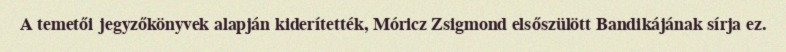
A temetői jegyzőkönyvek alapján kiderítették, Móricz Zsigmond elsőszülött Bandikájának sírja ez.